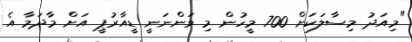
"މިއަދު މިސާލަކަށް 700 މީހުން މި ވަންނަނީ ޑީއާރުޕީ އަށް މާދަމާ އެ